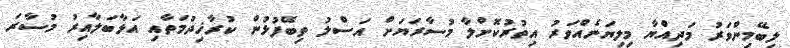
ލިބޭމިންވަރު މަދިއްޔާ މިލިޔަނެއްވަރު އިތުރުކޮށްލާ މުސާރަޔަށް އަސްލު ތިބޭފުޅުން ކުރާޚިދުމަތާއި އަޅާބަލާއިރު މުސާރަ